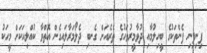
ފިނިފިނި ފެންތަކުގެ ބީހިލުމާއި ދުވާމީރުވަހުގެ ތެރެއަށް ގެނބި ދެލޯމަރާލައިގެން އޮތްވާ ކުއްލިއަކަށް މީހަކު